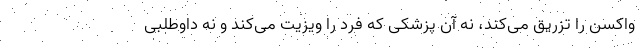
واکسن را تزریق می‌کند، نه آن پزشکی که فرد را ویزیت می‌کند و نه داوطلبی